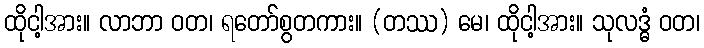
ထိုငါ့အား။ လာဘာ ဝတ၊ ရတော်စွတကား။ (တဿ) မေ၊ ထိုငါ့အား။ သုလဒ္ဓံ ဝတ၊